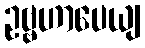
ဥဗ္ဗဟာပေယျ